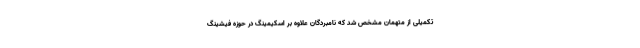
تکمیلی از متهمان مشخص شد که نامبردگان علاوه بر اسکیمینگ در حوزه فیشینگ